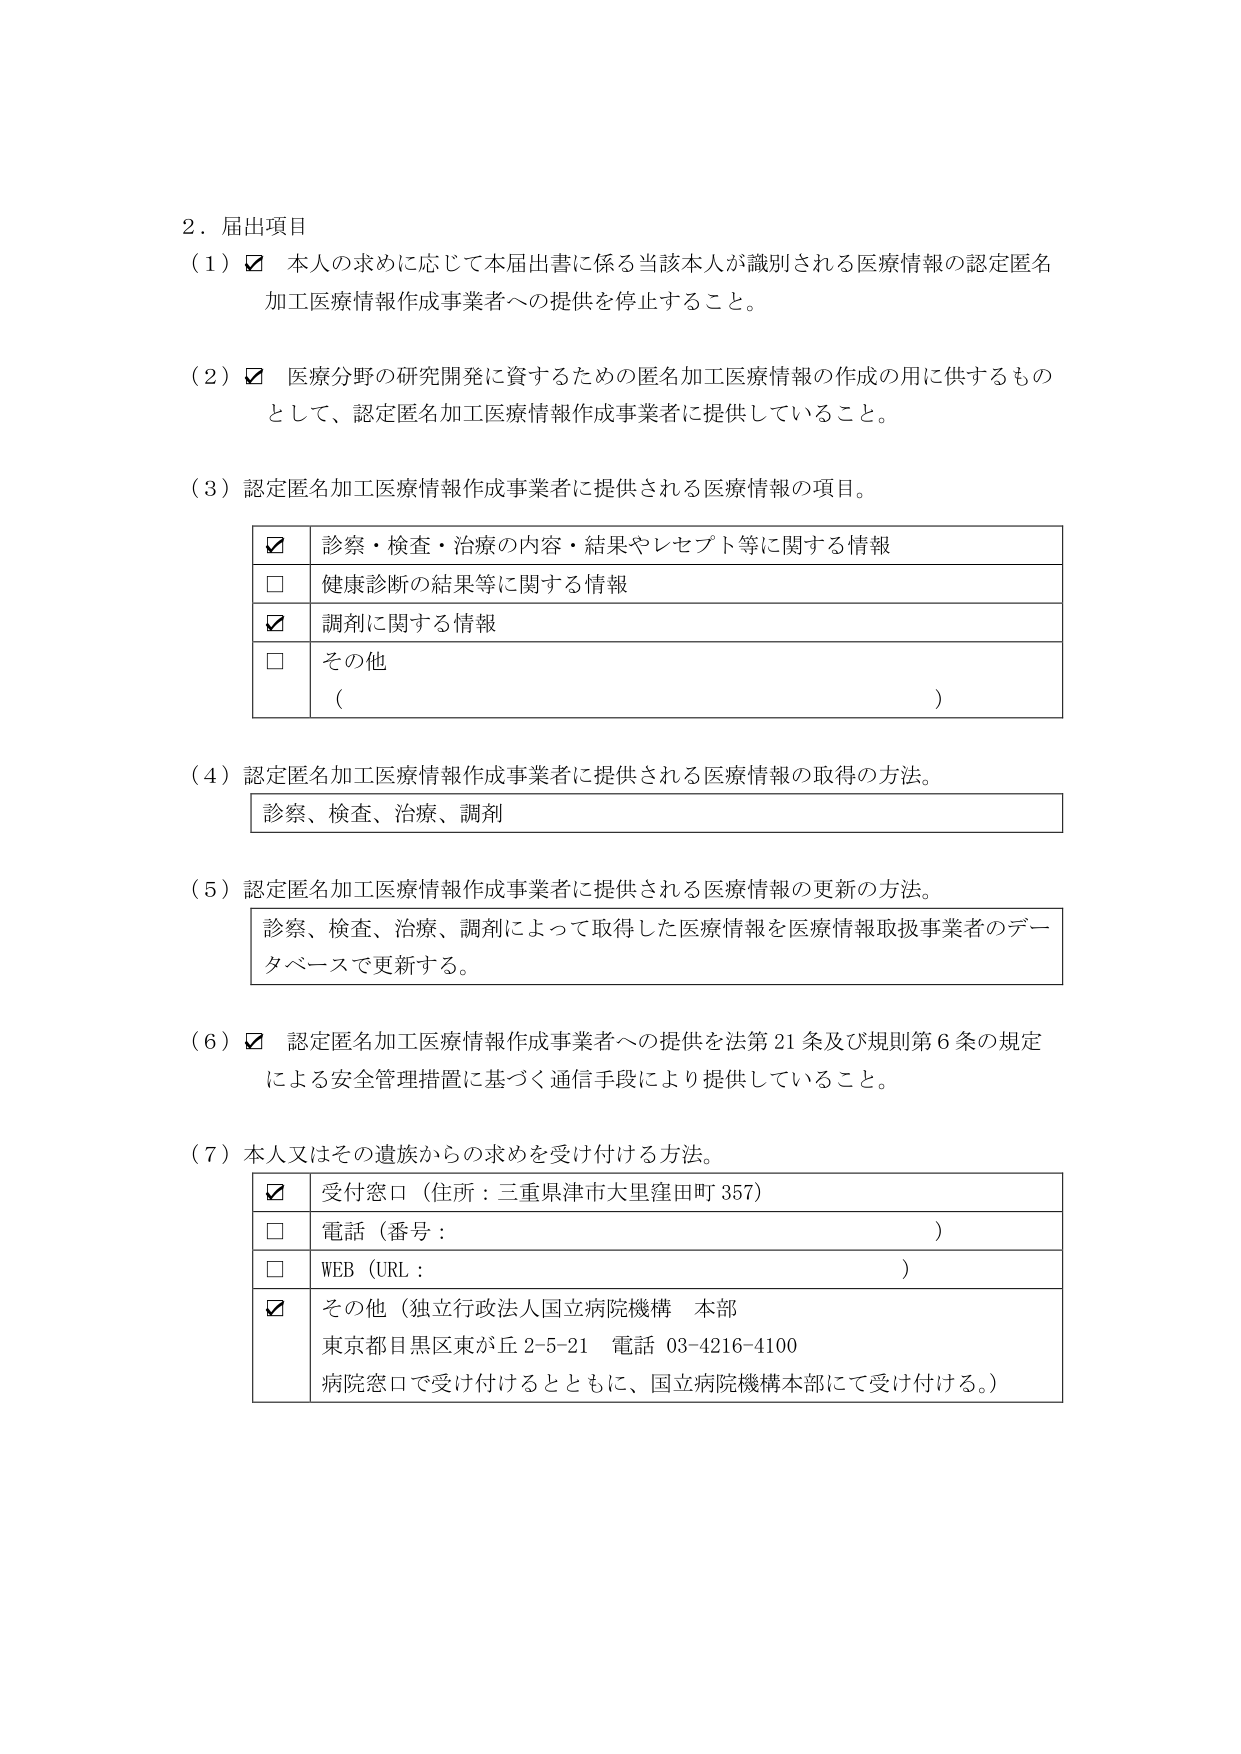
2．届出項目
（1）☑ 本人の求めに応じて本届出書に係る当該本人が識別される医療情報の認定匿名加工医療情報作成事業者への提供を停止すること。

（2）☑ 医療分野の研究開発に資するための匿名加工医療情報の作成の用に供するものとして、認定匿名加工医療情報作成事業者に提供していること。

（3）認定匿名加工医療情報作成事業者に提供される医療情報の項目。
　　☑ 診察・検査・治療の内容・結果やレセプト等に関する情報
　　□ 健康診断の結果等に関する情報
　　☑ 調剤に関する情報
　　□ その他
　　　（　　　　　　　　　　　　　　　　　　　　　　　　　　　　　　　　　）

（4）認定匿名加工医療情報作成事業者に提供される医療情報の取得の方法。
　　診察、検査、治療、調剤

（5）認定匿名加工医療情報作成事業者に提供される医療情報の更新の方法。
　　診察、検査、治療、調剤によって取得した医療情報を医療情報取扱事業者のデータベースで更新する。

（6）☑ 認定匿名加工医療情報作成事業者への提供を法第21条及び規則第6条の規定による安全管理措置に基づく通信手段により提供していること。

（7）本人又はその遺族からの求めを受け付ける方法。
　　☑ 受付窓口（住所：三重県津市大里窪田町357）
　　□ 電話（番号：　　　　　　　　　　　　　　　　　　　　　　　　　　　　）
　　□ WEB（URL：　　　　　　　　　　　　　　　　　　　　　　　　　　　　　）
　　☑ その他（独立行政法人国立病院機構 本部
　　　　　東京都目黒区東が丘2-5-21 電話 03-4216-4100
　　　　　病院窓口で受け付けるとともに、国立病院機構本部にて受け付ける。）